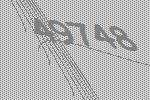
49748